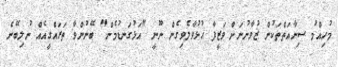
މުހިއްމު ސިނާއަތްތަކުން ޒުވާނުނަށް ވަޒީފާ ހުޅުވާލެވިގެން ނޫނީ "އަޅުގަނޑުމެން" ބޭނުންވާ ތަރައްގީއެއް ނުލިބޭނެ